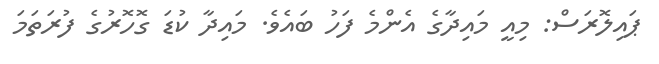
ޕައިލޮރަސް: މިއީ މައިދާގެ އެންމެ ފަހު ބައެވެ. މައިދާ ކުޑަ ގޮހޮރުގެ ފުރަތަމަ